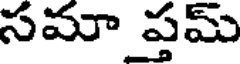
సమా ప్తమ్